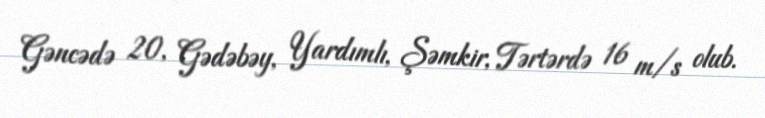
Gəncədə 20, Gədəbəy, Yardımlı, Şəmkir, Tərtərdə 16 m/s olub.